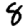
Digit: 8